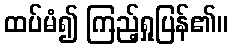
ထပ်မံ၍ ကြည့်ရှုပြန်၏။